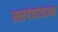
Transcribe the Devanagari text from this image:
सरपंचांचाला